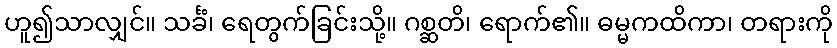
ဟူ၍သာလျှင်။ သင်္ခံ၊ ရေတွက်ခြင်းသို့။ ဂစ္ဆတိ၊ ရောက်၏။ ဓမ္မကထိကာ၊ တရားကို